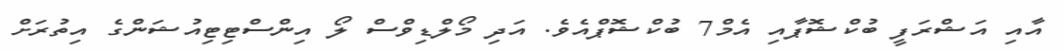
އާއި އަޝްރަފީ ބުކްޝޮޕާއި އެމް7 ބުކްޝޮޕްއެވެ. އަދި މޯލްޑިވްސް ލޯ އިންސްޓިޓިއުޝަންގެ އިތުރަށް